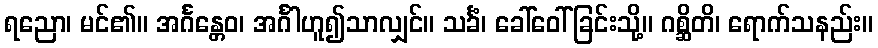
ရညော၊ မင်၏။ အင်္ဂန္တေဝ၊ အင်္ဂါဟူ၍သာလျှင်။ သင်္ခံ၊ ခေါ်ဝေါ်ခြင်းသို့။ ဂစ္ဆိတိ၊ ရောက်သနည်း။